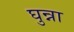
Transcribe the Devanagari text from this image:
घुन्ना